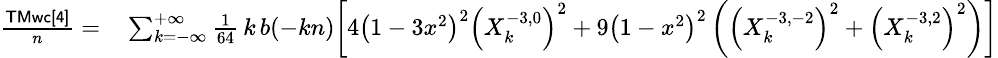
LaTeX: \small\begin{array}{rl}{\frac{\sf TMwc[4]}{n}=}&{{}\sum_{k=-\infty}^{+\infty}\frac{1}{64}\, k\, b(-kn)\bigg[4\left(1-3x^{2}\right)^{2}\left(X_{k}^{-3,0}\right)^{2}+9\left(1-x^{2}\right)^{2}\left(\left(X_{k}^{-3,-2}\right)^{2}+\left(X_{k}^{-3,2}\right)^{2}\right)\bigg]}\end{array}